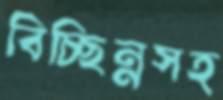
বিচ্ছিন্নসহ